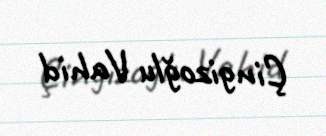
Çingizoğlu Vahid